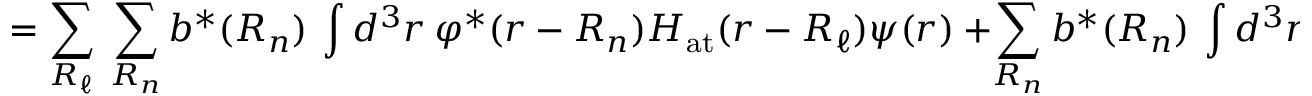
= \sum _ { \boldsymbol { R _ { \ell } } } \ \sum _ { \boldsymbol { R _ { n } } } b ^ { * } ( { \boldsymbol { R _ { n } } } ) \ \int d ^ { 3 } r \ \varphi ^ { * } ( { \boldsymbol { r - R _ { n } } } ) H _ { \mathrm { a t } } ( { \boldsymbol { r - R _ { \ell } } } ) \psi ( { \boldsymbol { r } } ) \ + \sum _ { \boldsymbol { R _ { n } } } b ^ { * } ( { \boldsymbol { R _ { n } } } ) \ \int d ^ { 3 } r \ \varphi ^ { * } ( { \boldsymbol { r - R _ { n } } } ) \Delta U ( { \boldsymbol { r } } ) \psi ( { \boldsymbol { r } } ) \ .